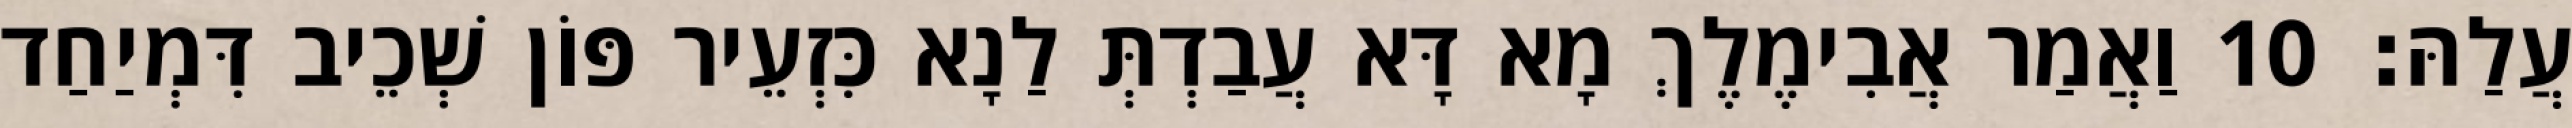
עֲלַהּ׃ 10 וַאֲמַר אֲבִימֶלֶךְ מָא דָּא עֲבַדְתְּ לַנָא כִּזְעֵיר פּוֹן שְׁכֵיב דִּמְיַחַד